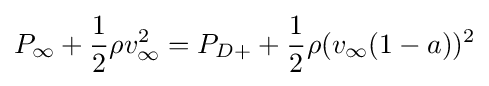
P_{\infty }+{\frac {1}{2}}\rho v_{\infty }^{2}=P_{D+}+{\frac {1}{2}}\rho (v_{\infty }(1-a))^{2}